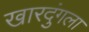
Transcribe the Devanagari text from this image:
खारदुंगला